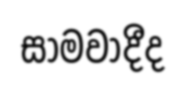
සාමවාදීද